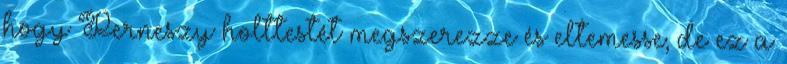
hogy Perneszy holttestét megszerezze és eltemesse; de ez a